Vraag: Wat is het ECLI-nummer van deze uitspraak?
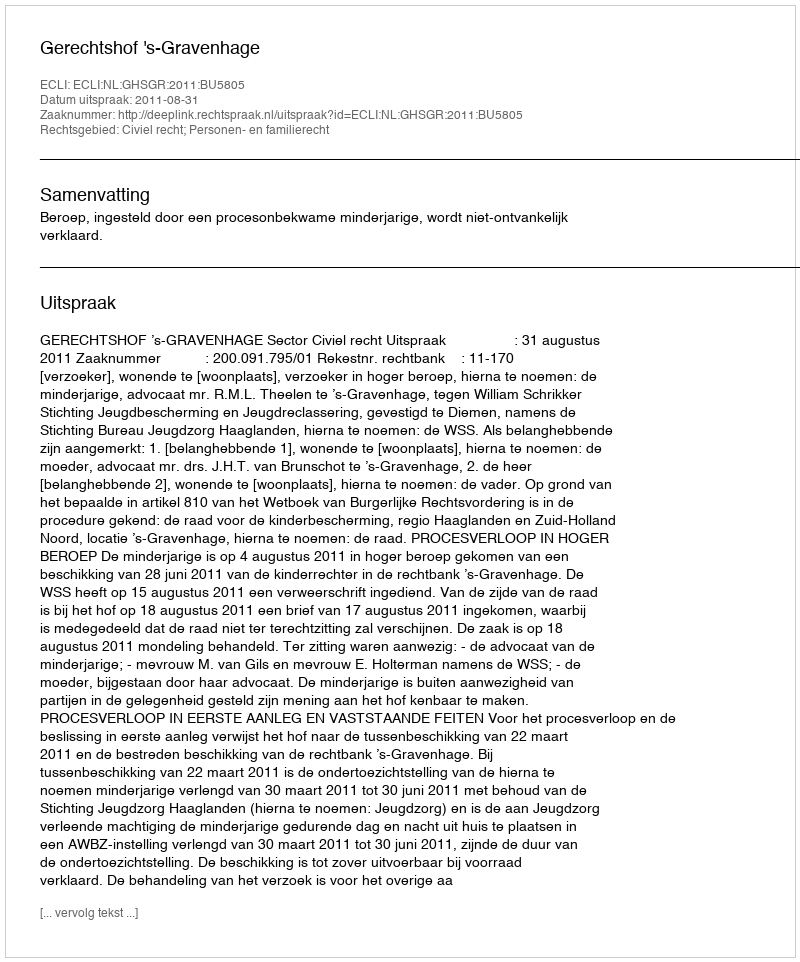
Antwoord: ECLI:NL:GHSGR:2011:BU5805